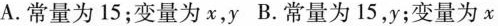
A.常量为15；变量为x，y B.常量为15，y；变量为x